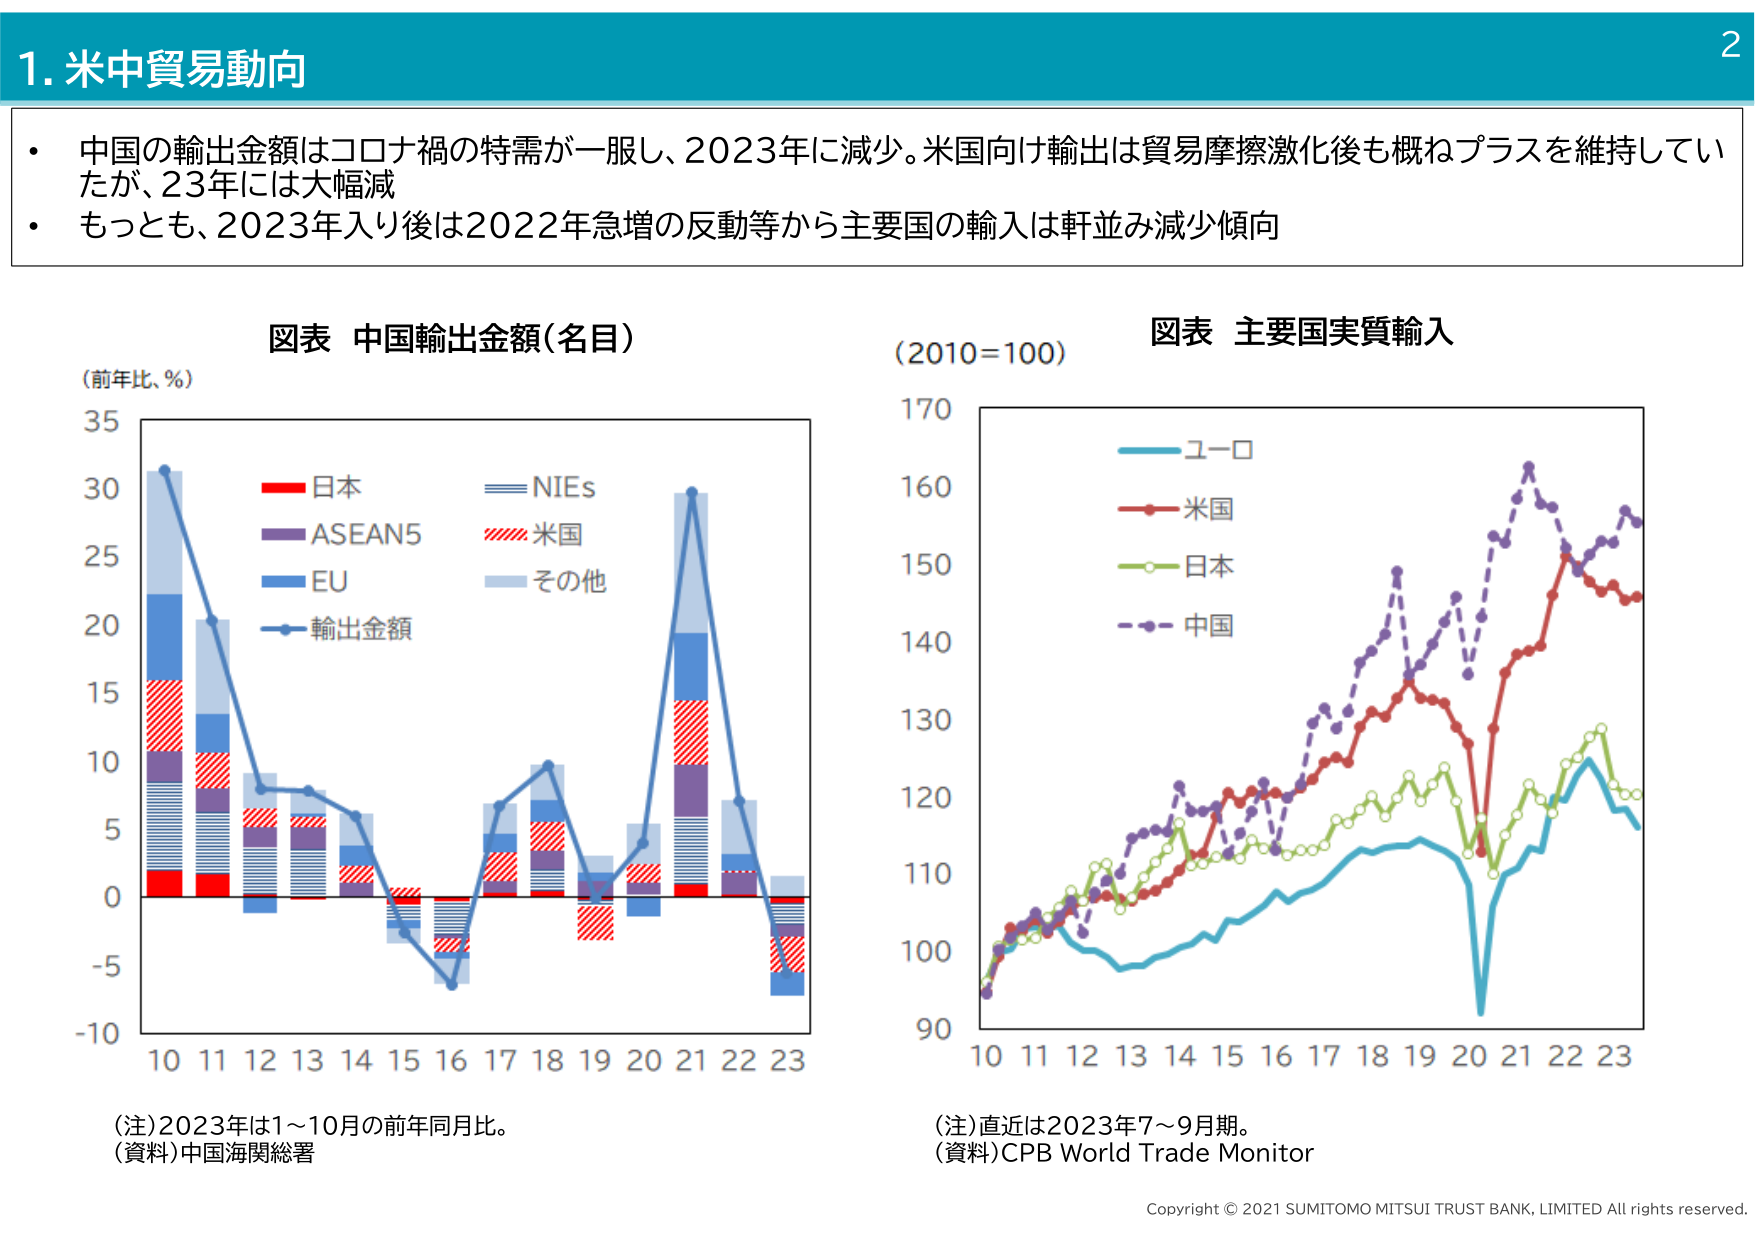
1. 米中貿易動向

・ 中国の輸出金額はコロナ禍の特需が一服し、2023年に減少。米国向け輸出は貿易摩擦激化後も概ねプラスを維持していたが、23年には大幅減
・ もっとも、2023年入り後は2022年急増の反動等から主要国の輸入は軒並み減少傾向

図表 中国輸出金額（名目）
（前年比、％）
10 11 12 13 14 15 16 17 18 19 20 21 22 23
-10
-5
0
5
10
15
20
25
30
35
日本
NIEs
ASEAN5
米国
EU
その他
輸出金額
（注）2023年は1～10月の前年同月比。
（資料）中国海関総署

図表 主要国実質輸入
（2010=100）
10 11 12 13 14 15 16 17 18 19 20 21 22 23
90
100
110
120
130
140
150
160
170
ユーロ
米国
日本
中国
（注）直近は2023年7～9月期。
（資料）CPB World Trade Monitor

Copyright © 2021 SUMITOMO MITSUI TRUST BANK, LIMITED All rights reserved.
2